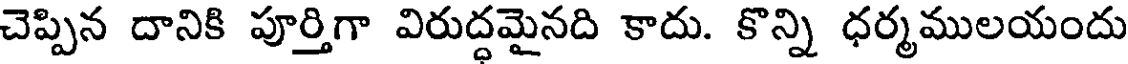
చెప్పిన దానికి పూర్తిగా విరుద్ధమైనది కాదు. కొన్ని ధర్మములయందు